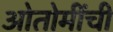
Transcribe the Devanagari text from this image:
ओतोमींची